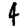
Digit: 4